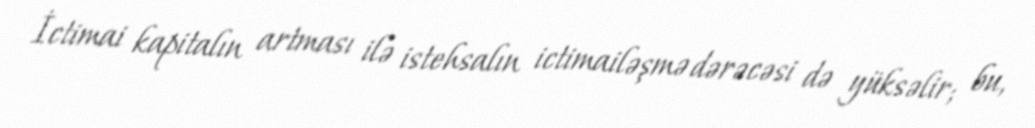
İctimai kapitalın artması ilə istehsalın ictimailəşmə dərəcəsi də yüksəlir; bu,